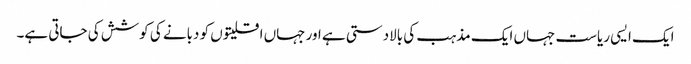
ایک ایسی ریاست جہاں ایک مذہب کی بالادستی ہے اور جہاں اقلیتوں کو دبانے کی کوشش کی جاتی ہے۔